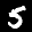
Label: 5